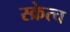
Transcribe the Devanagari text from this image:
स्क्रेत्च